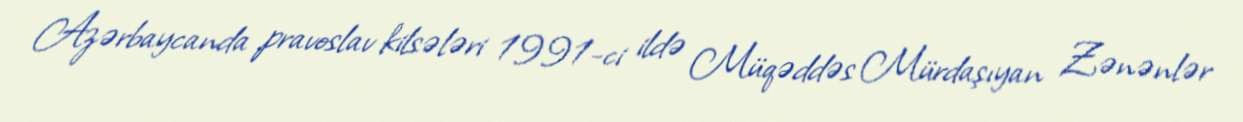
Azərbaycanda pravoslav kilsələri 1991-ci ildə Müqəddəs Mürdaşıyan Zənənlər